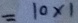
= 1 0 \times 1